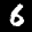
Label: 6